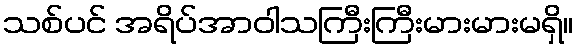
သစ်ပင် အရိပ်အာဝါသကြီးကြီးမားမားမရှိ။